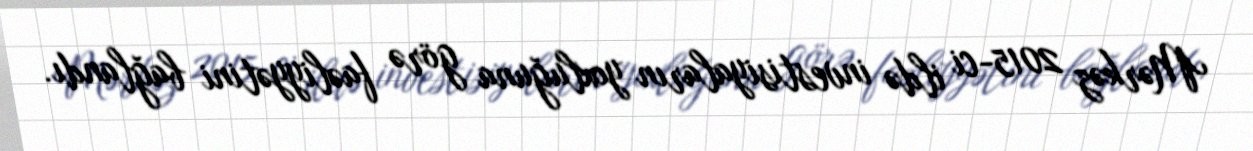
Mərkəz 2015-ci ildə investisiyaların yoxluğuna görə faəliyyətini bağlandı.